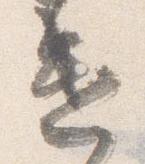
遣